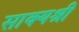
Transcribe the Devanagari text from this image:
साक्यश्री